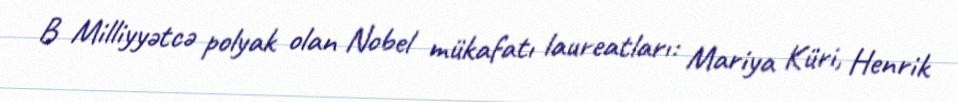
B Milliyyətcə polyak olan Nobel mükafatı laureatları: Mariya Küri, Henrik